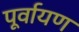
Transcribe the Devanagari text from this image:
पूर्वायण